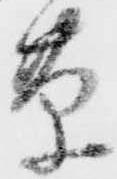
草